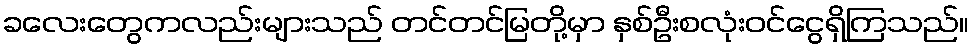
ခလေးတွေကလည်းများသည် တင်တင်မြတို့မှာ နှစ်ဦးစလုံးဝင်ငွေရှိကြသည်။